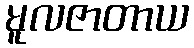
မူလဇာတာယ